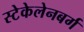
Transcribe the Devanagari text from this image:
स्टेकेलेनबर्ग